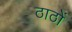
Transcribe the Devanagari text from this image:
ठाठों